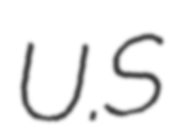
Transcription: U.S